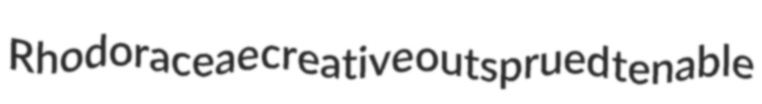
Rhodoraceae creative outsprued tenable